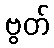
ဗွတ်